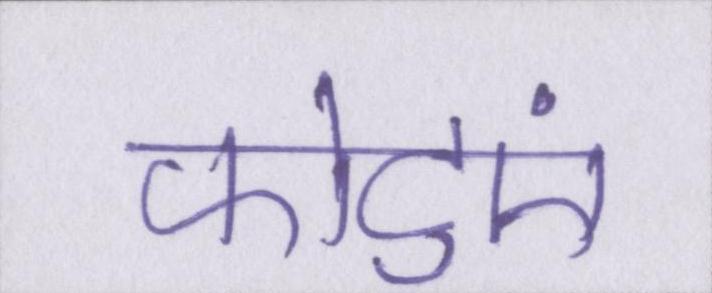
फोटुएं